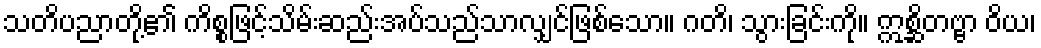
သတိပညာတို့၏ ကိစ္စဖြင့်သိမ်းဆည်းအပ်သည်သာလျှင်ဖြစ်သော။ ဂတိ၊ သွားခြင်းကို။ ဣစ္ဆိတဗ္ဗာ ဝိယ၊